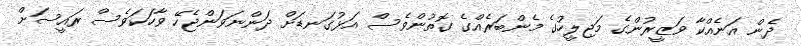
ދެން އަނެއްކާ ވަޒީރުންގެ މަޖިލީހުގެ މެންބަރެއްގެ ގޮތުންވެސް އަޅުގަނޑަށް ދަންނަވަންޖެހޭ ވާހަކަވެސް ރައީސަށް